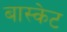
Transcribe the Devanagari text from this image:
बास्‍केट